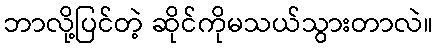
ဘာလို့ပြင်တဲ့ ဆိုင်ကိုမသယ်သွားတာလဲ။